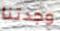
وجدتنا